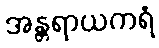
အန္တရာယကရံ